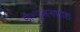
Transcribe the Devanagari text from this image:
डॉ॰गुंजनशाह